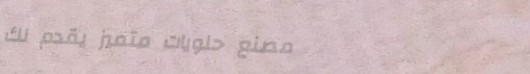
مصنع حلويات متميز يقدم لك